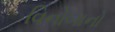
વિનોબાનો